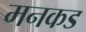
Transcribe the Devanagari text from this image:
मनकड